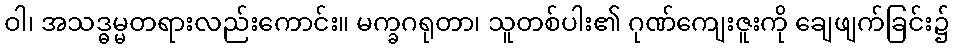
ဝါ၊ အသဒ္ဓမ္မတရားလည်းကောင်း။ မက္ခဂရုတာ၊ သူတစ်ပါး၏ ဂုဏ်ကျေးဇူးကို ချေဖျက်ခြင်း၌